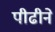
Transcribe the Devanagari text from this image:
पीढीने